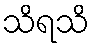
သိရသိ